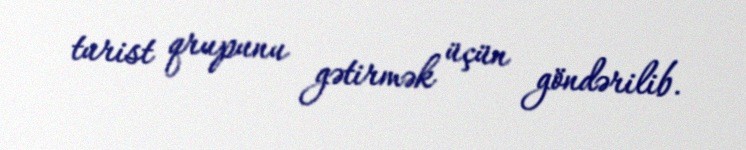
turist qrupunu gətirmək üçün göndərilib.